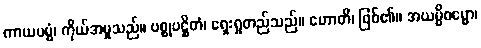
ကာယမမ္မံ၊ ကိုယ်အမှုသည်။ ပစ္စုပဋ္ဌိတံ၊ ရှေးရှုတည်သည်။ ဟောတိ၊ ဖြစ်၏။ အယမ္ပိဓမ္မော၊